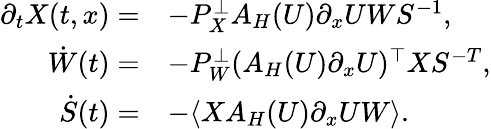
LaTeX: \begin{array}{rl}{\partial_{t}X(t,x)=}&{-P_{X}^{\perp}A_{H}(U)\partial_{x}UWS^{-1},}\\ {\dot{W}(t)=}&{-P_{W}^{\perp}(A_{H}(U)\partial_{x}U)^{\top}XS^{-T},}\\ {\dot{S}(t)=}&{-\langle XA_{H}(U)\partial_{x}UW\rangle.}\end{array}